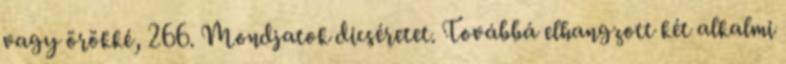
vagy örökké, 266. Mondjatok dicséretet. Továbbá elhangzott két alkalmi